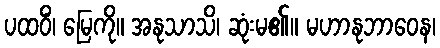
ပထဝိံ၊ မြေကို။ အနုသာသိ၊ ဆုံးမ၏။ မဟာနုဘာဝေန၊